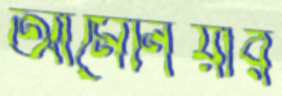
আর্মেনিয়ার